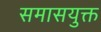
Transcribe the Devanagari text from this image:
समासयुक्त